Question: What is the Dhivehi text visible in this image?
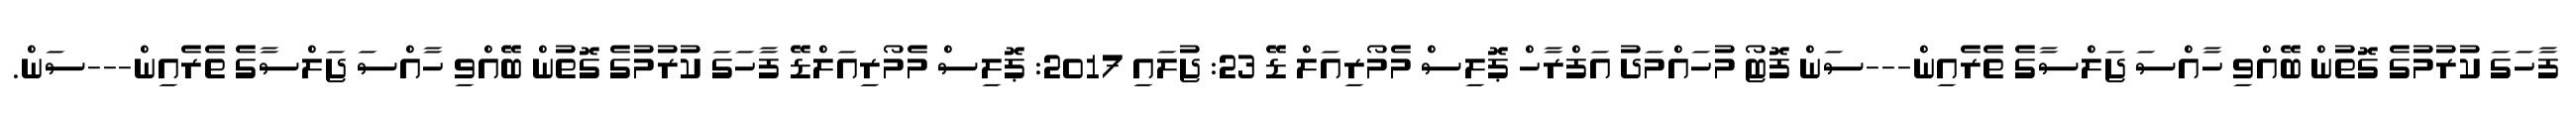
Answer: ފާހަގަ ކުރުމުގެ ގޮތުން ބޭއްވި ހާއްސަ ޖަލްސާގެ ތެރެއިން---ސަން ފޮޓޯ މުހައްމަދު އަފްރާހް ޕޮލިސް މެމޯރިއަލް ޑޭ 23: ޖުލައި 2017: ޕޮލިސް މެމޯރިއަލްޑޭ ފާހަގަ ކުރުމުގެ ގޮތުން ބޭއްވި ހާއްސަ ޖަލްސާގެ ތެރެއިން---ސަން.